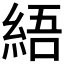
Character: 𦀡